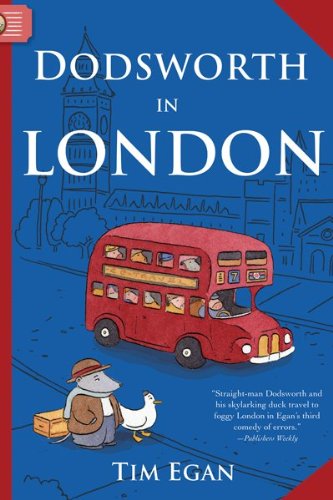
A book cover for Dodsworth in London (A Dodsworth Book); Tim Egan; Children's Books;